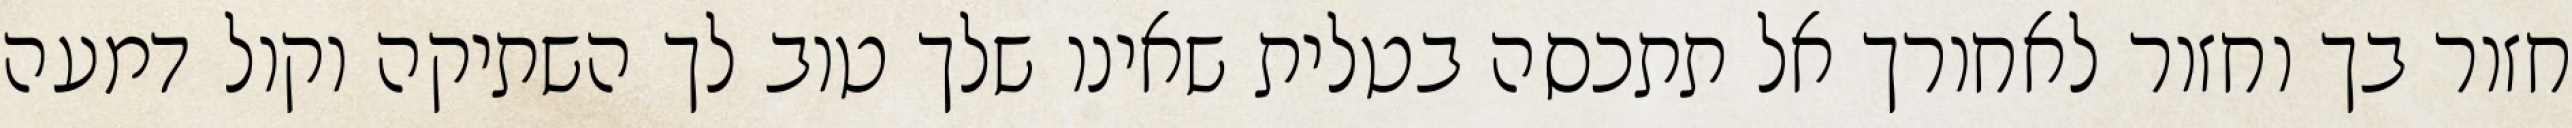
חזור בך וחזור לאחורך אל תתכסה בטלית שאינו שלך טוב לך השתיקה וקול דמעה